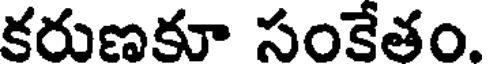
కరుణకూ సంకేతం.